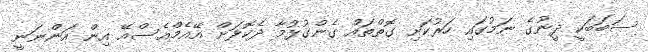
ސަބަބަކީ ދީނުގެ ނަމުގައި ހަރުކަށި ގޮތްތައް ގެންގުޅުމާ ދެކޮޅަށް އޭއެމްއެސްއޭ އިން އަންނަނީ